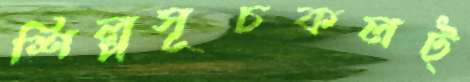
শিল্পসূচকলট্